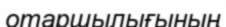
отаршылығының